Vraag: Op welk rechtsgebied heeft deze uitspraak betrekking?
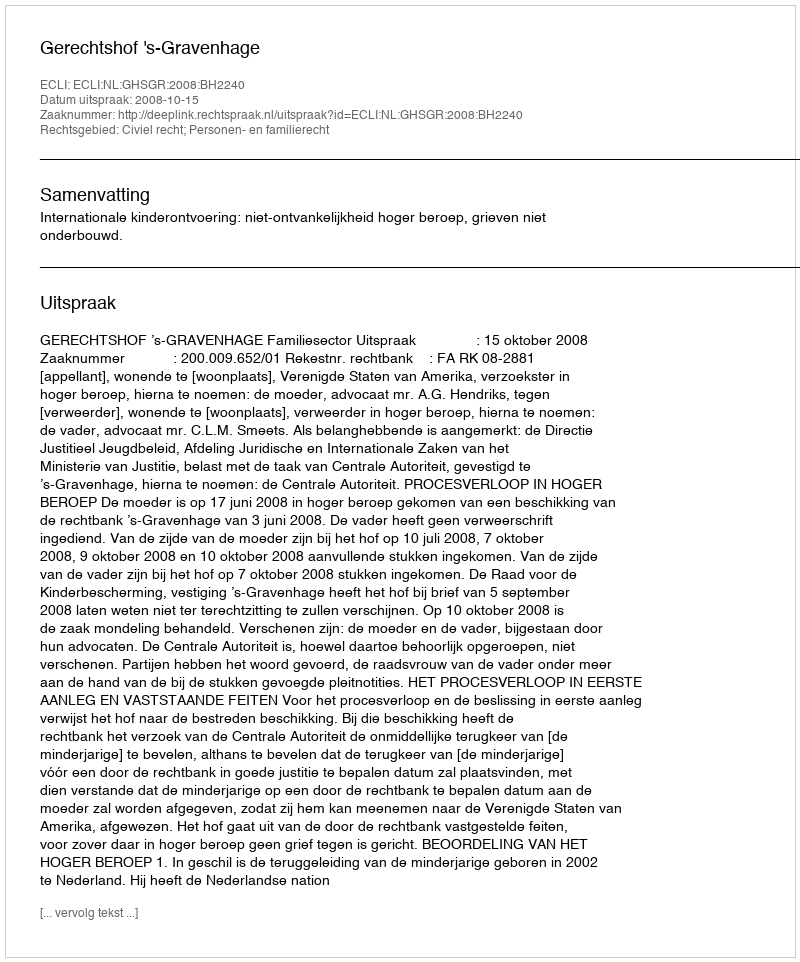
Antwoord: Civiel recht; Personen- en familierecht